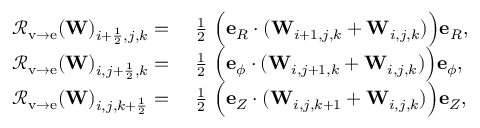
\begin{array} { r l } { { \mathcal { R } } _ { \mathrm { v \rightarrow e } } ( \mathbf { W } ) _ { i + \frac { 1 } { 2 } , j , k } = } & { ~ \frac { 1 } { 2 } ~ { \Big ( } \mathbf { e } _ { R } \cdot ( \mathbf { W } _ { i + 1 , j , k } + \mathbf { W } _ { i , j , k } ) { \Big ) } \mathbf { e } _ { R } , } \\ { { \mathcal { R } } _ { \mathrm { v \rightarrow e } } ( \mathbf { W } ) _ { i , j + \frac { 1 } { 2 } , k } = } & { ~ \frac { 1 } { 2 } ~ { \Big ( } \mathbf { e } _ { \phi } \cdot ( \mathbf { W } _ { i , j + 1 , k } + \mathbf { W } _ { i , j , k } ) { \Big ) } \mathbf { e } _ { \phi } , } \\ { { \mathcal { R } } _ { \mathrm { v \rightarrow e } } ( \mathbf { W } ) _ { i , j , k + \frac { 1 } { 2 } } = } & { ~ \frac { 1 } { 2 } ~ { \Big ( } \mathbf { e } _ { Z } \cdot ( \mathbf { W } _ { i , j , k + 1 } + \mathbf { W } _ { i , j , k } ) { \Big ) } \mathbf { e } _ { Z } , } \end{array}